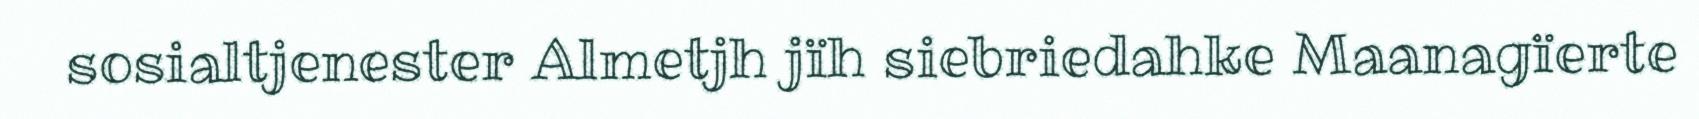
sosialtjenester Almetjh jïh siebriedahke Maanagïerte